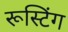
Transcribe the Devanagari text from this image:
रूस्टिंग